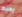
يحيط